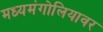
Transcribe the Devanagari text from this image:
मध्यमंगोलियावर